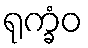
ရုက္ခံဝ